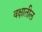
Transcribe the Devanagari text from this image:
वक्षातील